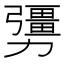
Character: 𠣃